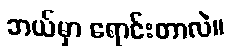
ဘယ်မှာ ရောင်းတာလဲ။